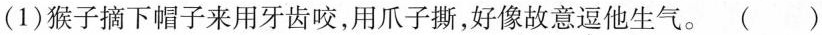
(1)猴子摘下帽子来用牙齿咬，用爪子撕，好像故意\underset{·}{逗}他生气。 ( )